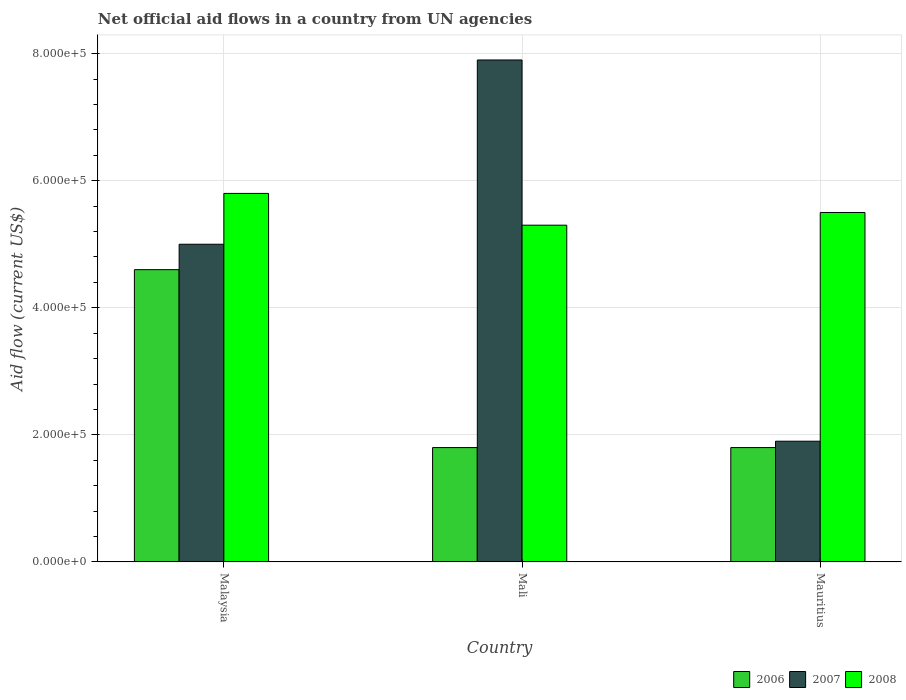
| Country | 2006 | 2007 | 2008 |
 | --- | --- | --- | --- |
 | Malaysia | 4.6e+05 | 5e+05 | 5.8e+05 |
 | Mali | 1.8e+05 | 7.9e+05 | 5.3e+05 |
 | Mauritius | 1.8e+05 | 1.9e+05 | 5.5e+05 |